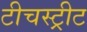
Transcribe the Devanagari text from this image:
टीचस्ट्रीट